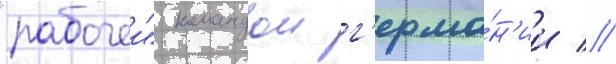
"рабочеи" командои г'ерма́н'ии //